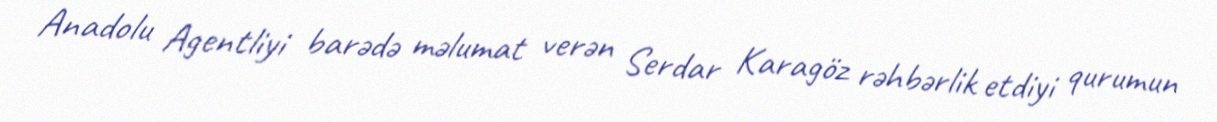
Anadolu Agentliyi barədə məlumat verən Serdar Karagöz rəhbərlik etdiyi qurumun